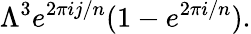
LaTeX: \Lambda^{3}e^{2\pi ij/n}(1-e^{2\pi i/n}).